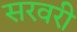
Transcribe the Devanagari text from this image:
सरवरी